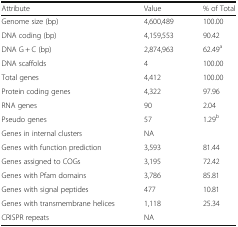
<table><thead><tr><td><b>Attribute</b></td><td><b>Value</b></td><td><b>% of Total</b></td></tr></thead><tbody><tr><td>Genome size (bp)</td><td>4,600,489</td><td>100.00</td></tr><tr><td>DNA coding (bp)</td><td>4,159,553</td><td>90.42</td></tr><tr><td>DNA G + C (bp)</td><td>2,874,963</td><td>62.49<sup>a</sup></td></tr><tr><td>DNA scaffolds</td><td>4</td><td>100.00</td></tr><tr><td>Total genes</td><td>4,412</td><td>100.00</td></tr><tr><td>Protein coding genes</td><td>4,322</td><td>97.96</td></tr><tr><td>RNA genes</td><td>90</td><td>2.04</td></tr><tr><td>Pseudo genes</td><td>57</td><td>1.29<sup>b</sup></td></tr><tr><td>Genes in internal clusters</td><td>NA</td><td></td></tr><tr><td>Genes with function prediction</td><td>3,593</td><td>81.44</td></tr><tr><td>Genes assigned to COGs</td><td>3,195</td><td>72.42</td></tr><tr><td>Genes with Pfam domains</td><td>3,786</td><td>85.81</td></tr><tr><td>Genes with signal peptides</td><td>477</td><td>10.81</td></tr><tr><td>Genes with transmembrane helices</td><td>1,118</td><td>25.34</td></tr><tr><td>CRISPR repeats</td><td>NA</td><td></td></tr></tbody></table>